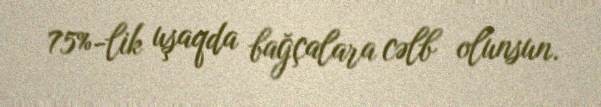
75%-lik uşaqda bağçalara cəlb olunsun.